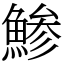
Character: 鯵